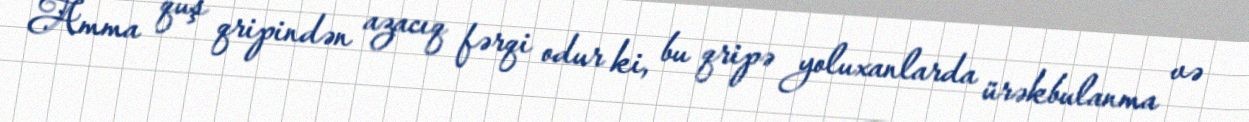
Amma quş qripindən azacıq fərqi odur ki, bu qripə yoluxanlarda ürəkbulanma və